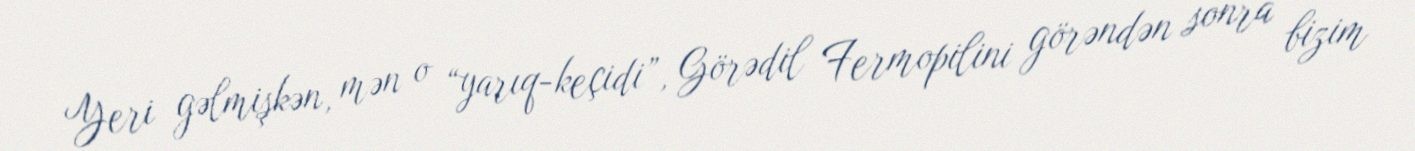
Yeri gəlmişkən, mən o “yarıq-keçidi”, Görədil Fermopilini görəndən sonra bizim